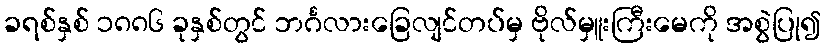
ခရစ်နှစ် ၁၈၈၆ ခုနှစ်တွင် ဘင်္ဂလားခြေလျင်တပ်မှ ဗိုလ်မှူးကြီးမေကို အစွဲပြု၍